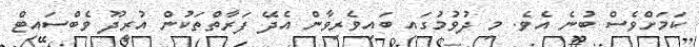
ކަމަށްވެސް ބުނެ އެވެ. މި ދުވުމުގައި ބައިވެރިވާން އެދޭ ފަރާތްތަކުން އުރީދޫ ވެބްސައިޓް